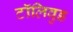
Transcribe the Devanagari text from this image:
टॉलिवुड